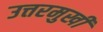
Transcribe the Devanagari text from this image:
उत्तरमुखी